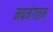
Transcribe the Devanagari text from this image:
मषमंगलम्